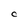
Character: C